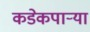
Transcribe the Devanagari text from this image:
कडेकपाऱ्या